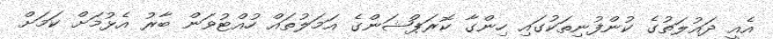
އެއީ ދައުލަތުގެ ކުންފުނިތަކުގައި ހިންގާ ކޮރަޕްޝަންގެ އަމަލުތައް ހުއްޓުވަން ބާރު އެޅުމަށް ކަމަށް